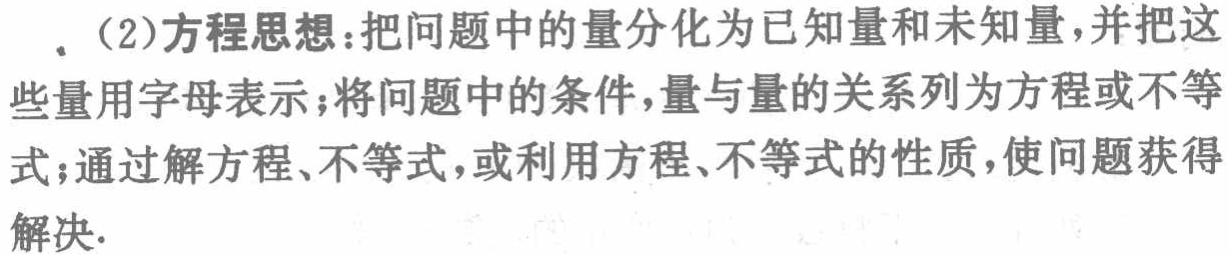
（2）方程思想：把问题中的量分化为已知量和未知量，并把这些量用字母表示；将问题中的条件，量与量的关系列为方程或不等式；通过解方程、不等式，或利用方程、不等式的性质，使问题获得解决.